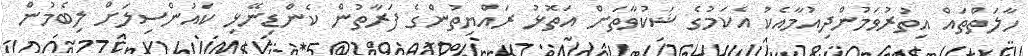
ހާލަތްތައް އިތުރުވަމުންދިއުމާއެކު އެކަމުގެ ޝަކުވާތަށް އަތޮޅު ރައްޔިތުންގެ ފަރާތުން ކެންޑިނޭޅި ކައުންސިލަށް ލިބެމުން